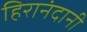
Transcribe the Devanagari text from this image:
हिरानंदानी